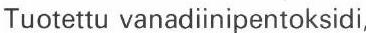
Tuotettu vanadiinipentoksidi